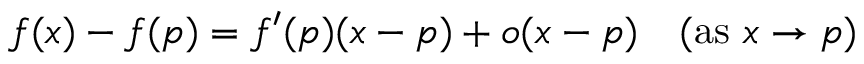
f ( x ) - f ( p ) = f ^ { \prime } ( p ) ( x - p ) + o ( x - p ) \quad ( { \mathrm { a s ~ } } x \to p )